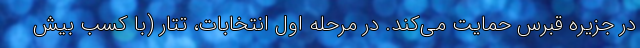
در جزیره قبرس حمایت می‌کند. در مرحله اول انتخابات، تتار (با کسب بیش